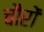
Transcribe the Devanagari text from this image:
चौरों